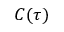
C ( \tau )